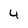
Character: 4